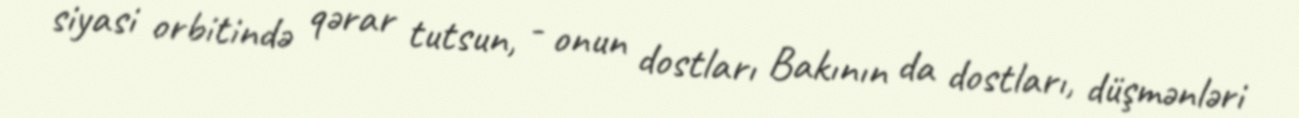
siyasi orbitində qərar tutsun, - onun dostları Bakının da dostları, düşmənləri